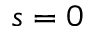
s = 0